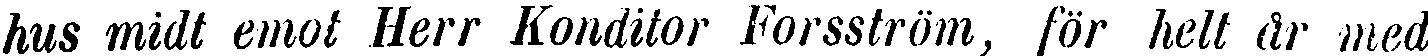
hus midt emot Herr Konditor Forsström, för helt år med